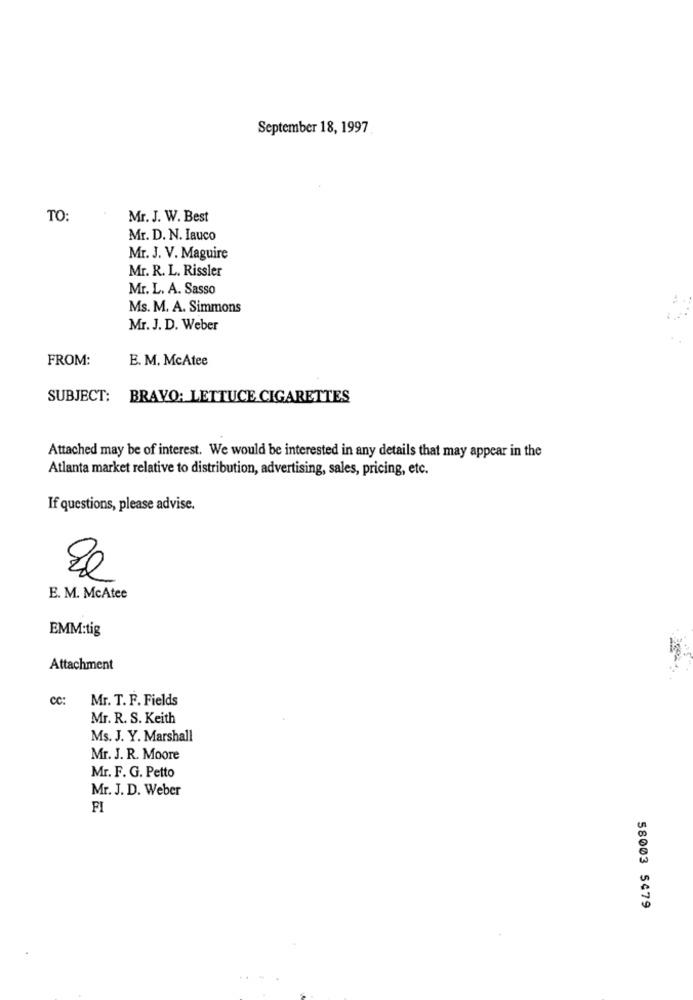
September 18, 1997
TO:
Mr. J. W. Best
Mr. D. N. Iauco
Mr. J. V. Maguire
Mr. R. L. Rissler
Mr. L. A. Sasso
Ms. M. A. Simmons
Mr. J. D. Weber
FROM:
E. M. McAtee
SUBJECT: BRAVO: LETTUCE CIGARETTES
Attached may be of interest. We would be interested in any details that may appear in the
Atlanta market relative to distribution, advertising, sales, pricing, etc.
If questions, please advise.
E. M. McAtee
EMM:tig
Attachment
cc:
Mr. T. F. Fields
Mr. R. S. Keith
Ms. J. Y. Marshall
Mr. J. R. Moore
Mr. F. G. Petto
Mr. J. D. Weber
FI
58003 5479